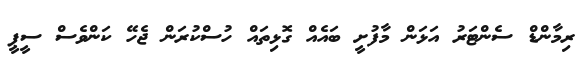
ރިމާންޑް ސެންޓަރު އަޅަން މާފުށީ ބައެއް ގޮޅިތައް ހުސްކުރަން ޖެހޭ ކަންވެސް ސީޕީ